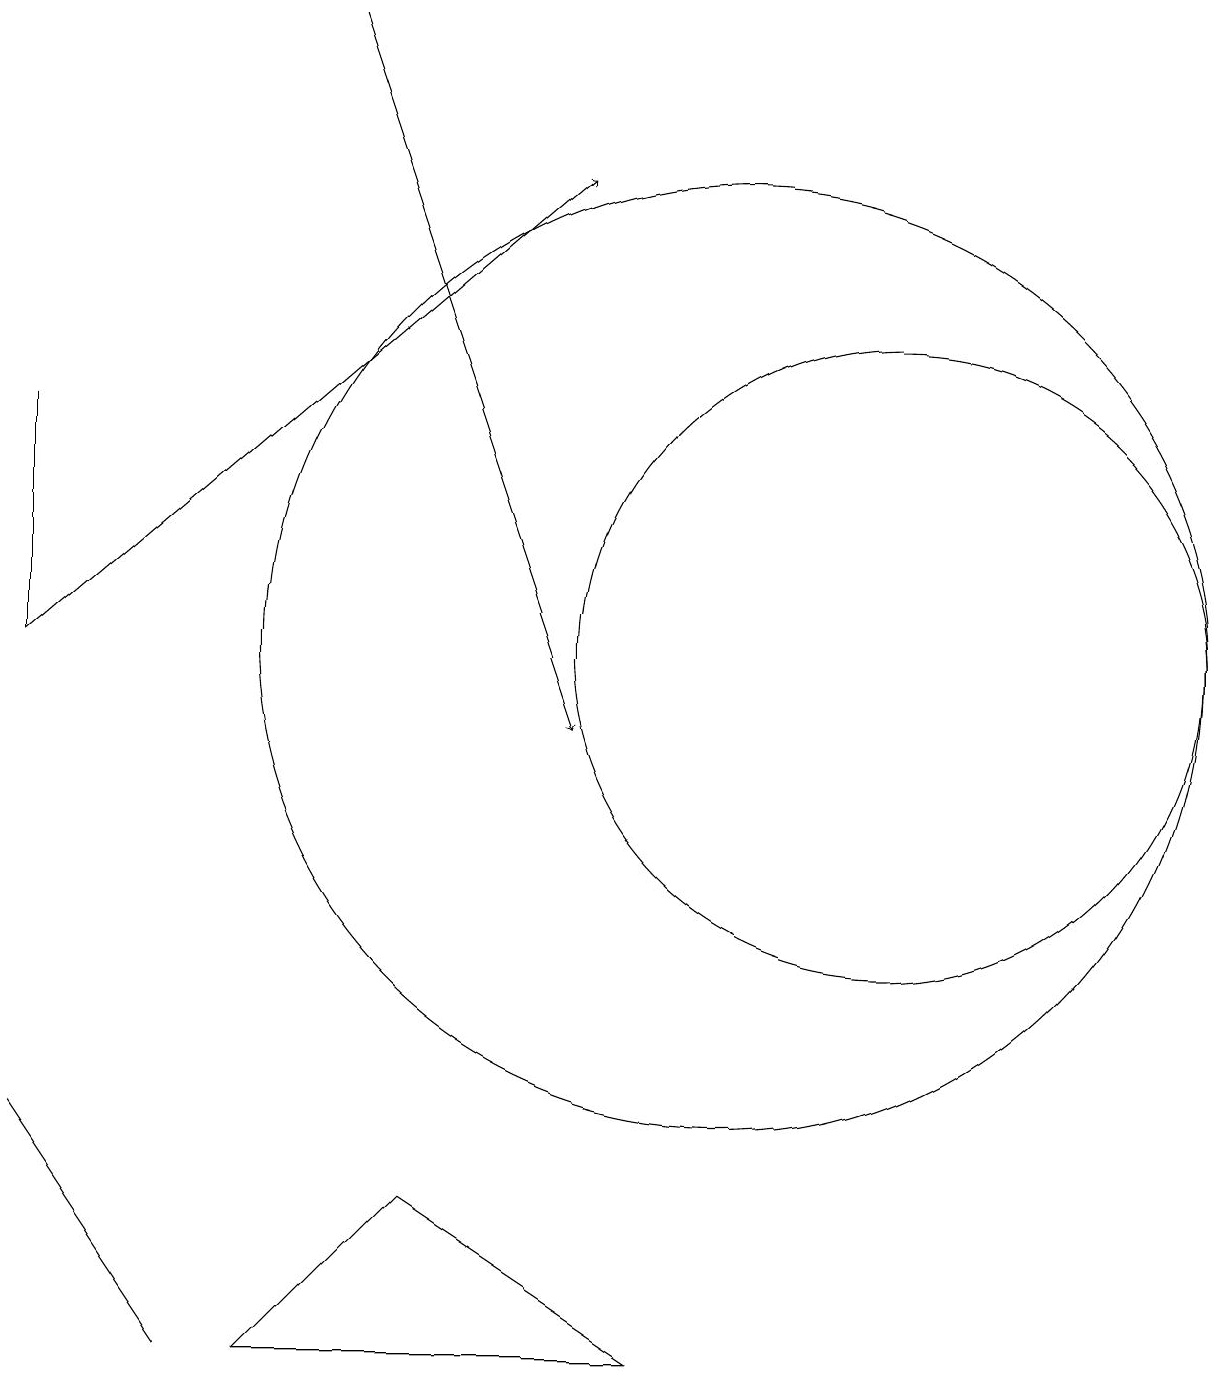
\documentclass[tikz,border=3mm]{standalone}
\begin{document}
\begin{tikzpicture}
\draw (10,11) circle (6);
\draw (1,11) rectangle (1,14);
\draw (6,4) -- (4,2) -- (9,2) -- cycle;
\draw[->] (1,11) -- (8,17);
\draw (3,2) -- (1,5) -- (1,5) -- cycle;
\draw[->] (5,19) -- (8,10);
\draw (12,11) circle (4);
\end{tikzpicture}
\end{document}